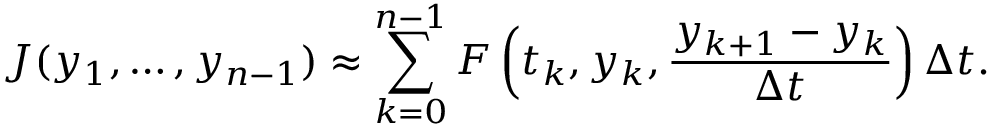
J ( y _ { 1 } , \ldots , y _ { n - 1 } ) \approx \sum _ { k = 0 } ^ { n - 1 } F \left( t _ { k } , y _ { k } , { \frac { y _ { k + 1 } - y _ { k } } { \Delta t } } \right) \Delta t .